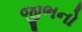
જીભનો